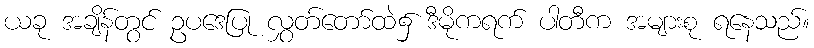
ယခု အချိန်တွင် ဥပဒေပြု လွှတ်တော်ထဲ၌ ဒီမိုကရက် ပါတီက အများစု ရနေသည်။